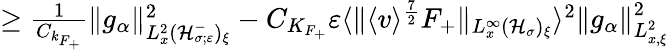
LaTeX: \begin{array}{r}{\geq\frac{1}{C_{k_{F_{+}}}}\| g_{\alpha}\| _{L_{x}^{2}(\mathcal H_{\sigma;\varepsilon}^{-})_{\xi}}^{2}-C_{K_{F_{+}}}\varepsilon\langle\| \langle v\rangle^{\frac{7}{2}}F_{+}\| _{L_{x}^{\infty}(\mathcal H_{\sigma})_{\xi}}\rangle^{2}\| g_{\alpha}\| _{L_{x,\xi}^{2}}^{2}}\end{array}